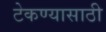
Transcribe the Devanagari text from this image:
टेकण्यासाठी